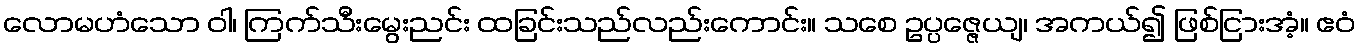
လောမဟံသော ဝါ၊ ကြက်သီးမွေးညင်း ထခြင်းသည်လည်းကောင်း။ သစေ ဥပ္ပဇ္ဇေယျ၊ အကယ်၍ ဖြစ်ငြားအံ့။ ဧဝံ